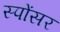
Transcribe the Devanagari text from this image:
स्पोंसर